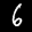
Label: 6